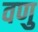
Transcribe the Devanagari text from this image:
वणु